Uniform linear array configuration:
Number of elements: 16
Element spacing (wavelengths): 0.75
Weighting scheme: exponential
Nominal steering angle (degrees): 45
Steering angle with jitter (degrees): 43.236
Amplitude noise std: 0.05
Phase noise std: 0.05

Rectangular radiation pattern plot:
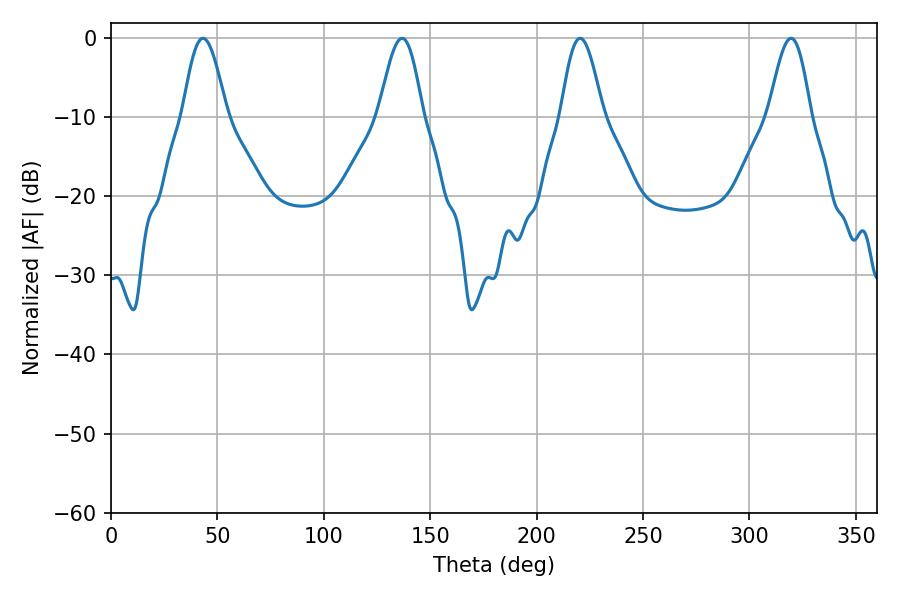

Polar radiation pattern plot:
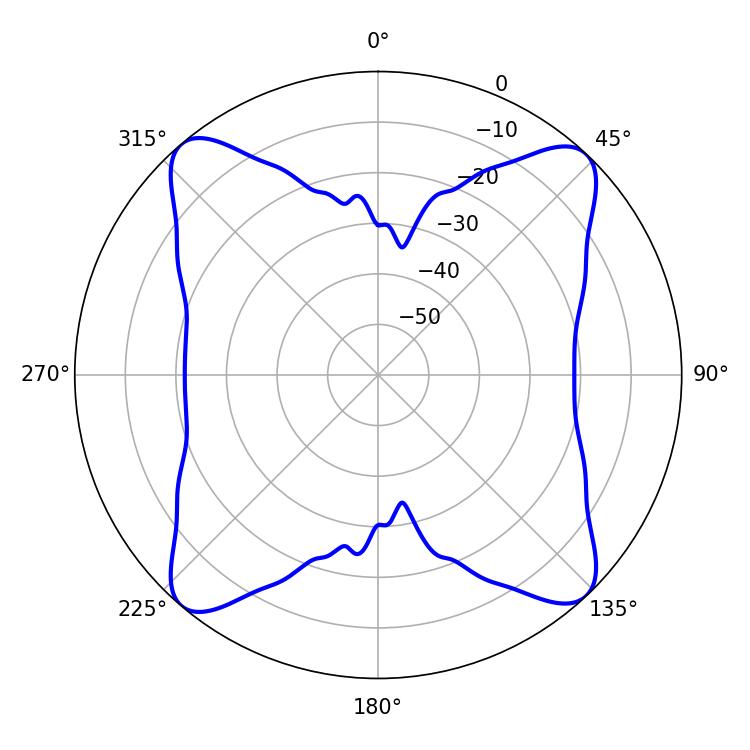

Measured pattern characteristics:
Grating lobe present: TRUE
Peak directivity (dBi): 18.386
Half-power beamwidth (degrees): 10.98
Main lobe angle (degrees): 43.2